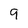
Character: 9